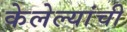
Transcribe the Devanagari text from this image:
केलेल्यांची